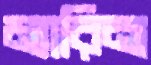
ম্যারিনা